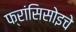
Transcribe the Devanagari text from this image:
फ्रांसिसोइचे